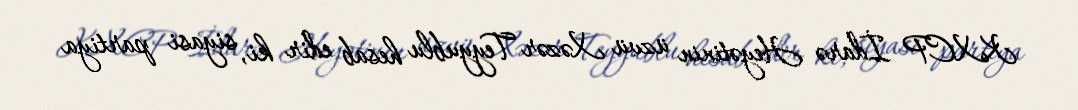
KXCP İdarə Heyətinin üzvü Xəzər Teyyublu hesab edir ki, siyasi partiya